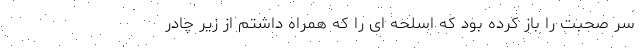
سر صحبت را باز کرده بود که اسلحه ای را که همراه داشتم از زیر چادر